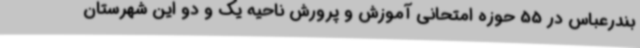
بندرعباس در 55 حوزه امتحانی آموزش و پرورش ناحیه یک و دو این شهرستان